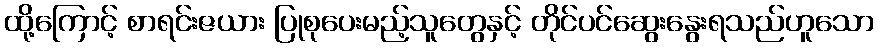
ထို့ကြောင့် စာရင်းဇယား ပြုစုပေးမည့်သူတွေနှင့် တိုင်ပင်ဆွေးနွေးရသည်ဟူသော